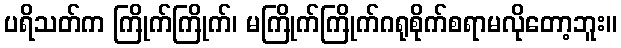
ပရိသတ်က ကြိုက်ကြိုက်၊ မကြိုက်ကြိုက်ဂရုစိုက်စရာမလိုတော့ဘူး။